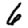
Digit: 6